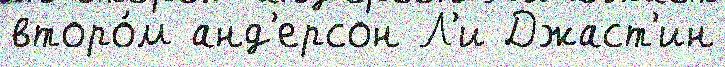
второ́м анд'ерсон Л'и Джаст'ин